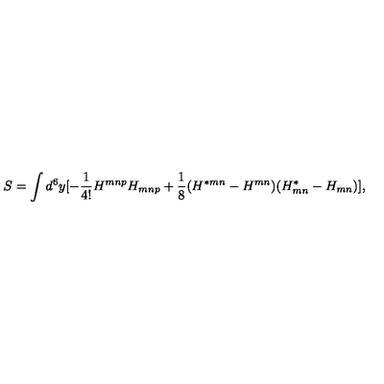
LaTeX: S = \int d ^ { 6 } y [ - { \frac { 1 } { 4 ! } } H ^ { m n p } H _ { m n p } + { \frac { 1 } { 8 } } ( H ^ { * m n } - H ^ { m n } ) ( H _ { m n } ^ { * } - H _ { m n } ) ] ,